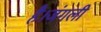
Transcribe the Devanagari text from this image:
है।जंगली